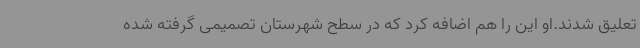
تعلیق شدند.او این را هم اضافه کرد که در سطح شهرستان تصمیمی گرفته شده